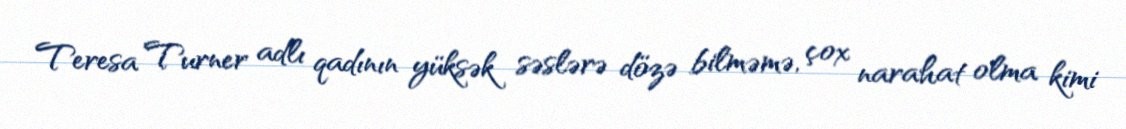
Teresa Turner adlı qadının yüksək səslərə dözə bilməmə, çox narahat olma kimi